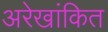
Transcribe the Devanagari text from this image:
अरेखांकित